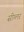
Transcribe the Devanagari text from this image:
सीग्लर